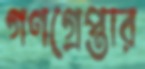
গণগ্রেপ্তার